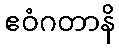
ဧဝံဂတာနိ